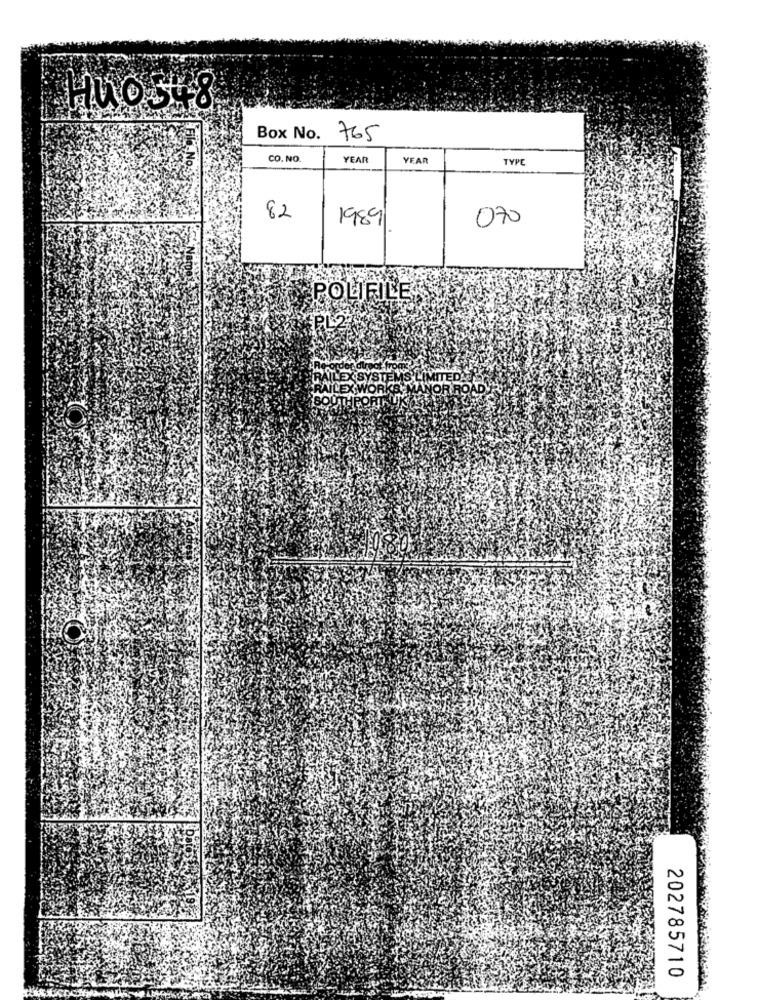
HuOS# 8
Box No.
765
CO. NO.
YEAR
YEAR
TYPE
82
19891
070
POLIFILE;
PL2
RAILEX SYSTEMS
MITEDAR
VLEX WORKS
202785710